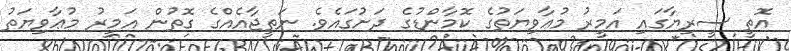
އޮތީ ސީރިޔާގައި އަމީރު މުޢާވިޔަތުގެ ކޮމާންޑުގެ ދަށުގައެވެ. ނަތީޖާއެއްގެ ގޮތުން އަމީރު މުޢާވިޔަތު